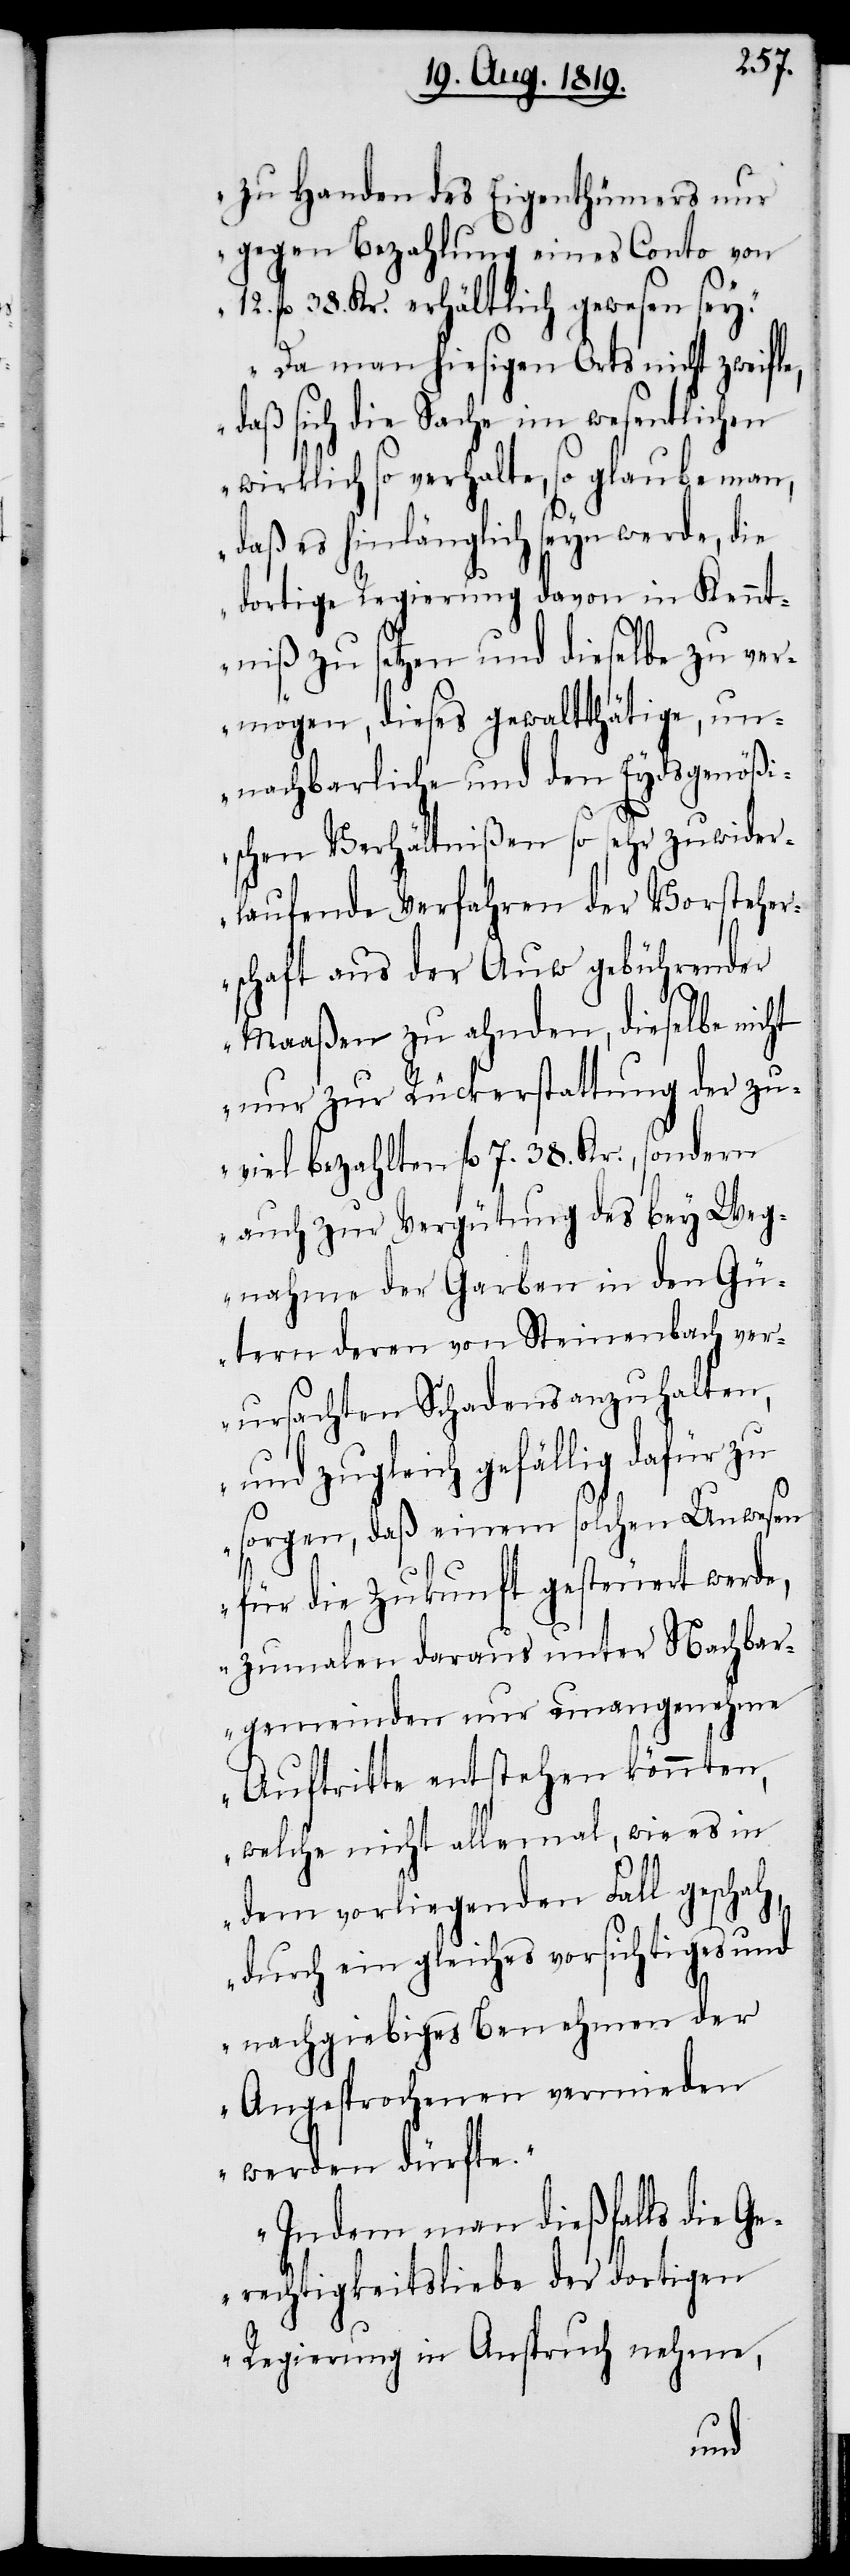
zu Handen des Eigenthümers nur
gegen Bezahlung eines Conto von
fl. 38. Kr. erhältlich gewesen sey.
Da man hiesigen Orts nicht zweifle,
daß sich die Sache im wesentlichen
wirklich so verhalte, so glaube man,
daß es hinlänglich seyn werde, die
dortige Regierung davon in Kennt¬
niß zu setzen und dieselbe zu ver¬
mögen, dieses gewaltthätige, un¬
nachbarliche und den Eydsgenößi¬
schen Verhältnißen so sehr zuwider¬
laufende Verfahren der Vorsteher¬
schaft aus der Auw gebührender
Maaßen zu ahnden, dieselbe nicht
nur zur Rückerstattung der zu¬
viel bezahlten fl. 7. 38. Kr., sondern
auch zur Vergütung des bey Weg¬
nahme der Garben in den Gü¬
tern deren von Steinenbach ver¬
ursachten Schadens anzuhalten,
und zugleich gefällig dafür zu
sorgen, daß einem solchen Unwesen
12.
für die Zukunft gesteuert werde,
zumalen daraus unter Nachbar¬
gemeinden nur unangenehme
Auftritte entstehen könnten,
welche nicht allemal, wie es in
dem vorliegenden Fall geschah,
durch ein gleiches vorsichtiges und
nachgiebiges Benehmen der
Angesprochenen vermieden
werden dürfte.
Indem man dießfalls die Ge¬
rechtigkeitsliebe der dortigen
Regierung in Anspruch nehme,